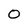
Character: 0